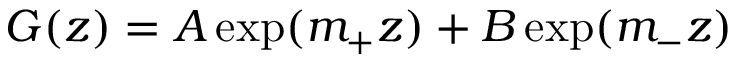
\begin{array} { r } { G ( z ) = A \exp ( m _ { + } z ) + B \exp ( m _ { - } z ) } \end{array}